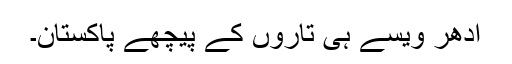
ادھر ویسے ہی تاروں کے پیچھے پاکستان۔